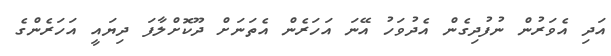
އަދި އެވަރުން ނުފުދިގެން އެދުވަހު އޭނަ އަހަރެން އެތަނަށް ދޫކޮށްލާފަ ދިޔައީ އަހަރެންގެ